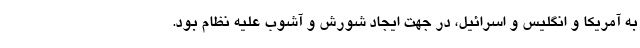
به آمریکا و انگلیس و اسرائیل، در جهت ایجاد شورش و آشوب علیه نظام بود.